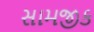
સામજીક